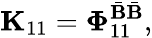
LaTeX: \mathbf{K}_{11}=\boldsymbol{\Phi}_{11}^{\bar{\mathbf{B}}\bar{\mathbf{B}}},